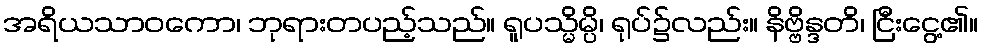
အရိယသာဝကော၊ ဘုရားတပည့်သည်။ ရူပသ္မိမ္ပိ၊ ရုပ်၌လည်း။ နိဗ္ဗိန္ဒတိ၊ ငြီးငွေ့၏။